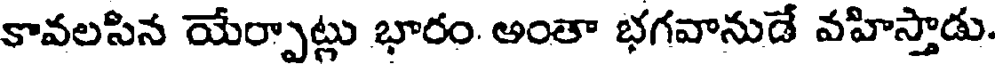
కావలసిన యేర్పాట్లు భారం. అంతా భగవానుడే వహిస్తాడు.